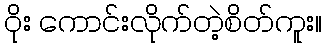
ဝိုး ကောင်းလိုက်တဲ့စိတ်ကူး။